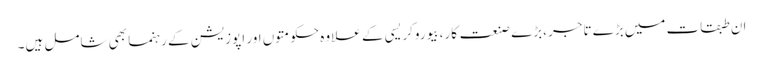
ان طبقات میں بڑے تاجر ،بڑے صنعت کار، بیوروکریسی کے علاوہ حکومتوں اور اپوزیشن کے رہنما بھی شامل ہیں۔